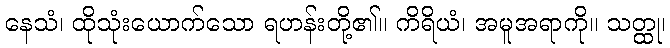
နေသံ၊ ထိုသုံးယောက်သော ရဟန်းတို့၏။ ကိရိယံ၊ အမူအရာကို။ သတ္ထု၊